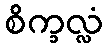
စိက္ခလ္လံ